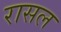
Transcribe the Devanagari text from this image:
रासल